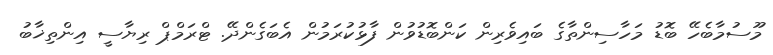
މޫސުމާބެހޭ ބޮޑު މަހާސިންތާގެ ބައިވެރިން ކަންބޮޑުވުން ފާޅުކުރަމުން އެބަގެންދޭ. ޓްރަމްޕް ރިޔާސީ އިންތިޚާބު